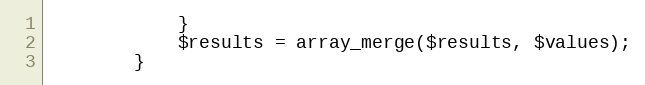
Language: PHP
			}
			$results = array_merge($results, $values);
		}